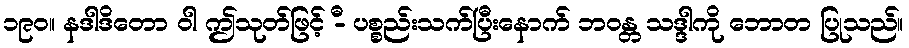
၁၉၀။ နဒါဒိတော ဝါ ဤသုတ်ဖြင့် -ီ ပစ္စည်းသက်ပြီးနောက် ဘဝန္တ သဒ္ဒါကို ဘောတ ပြုသည်။